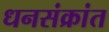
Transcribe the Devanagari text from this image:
धनसंक्रांत